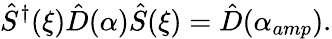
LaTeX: \hat{S}^{\dagger}(\xi)\hat{D}(\alpha)\hat{S}(\xi)=\hat{D}(\alpha_{amp}).